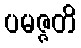
ပမဇ္ဇတိ